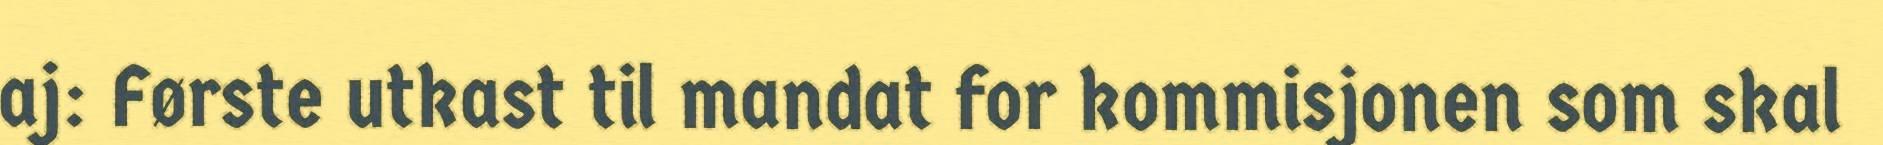
aj: Første utkast til mandat for kommisjonen som skal